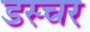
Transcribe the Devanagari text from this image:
डस्चर